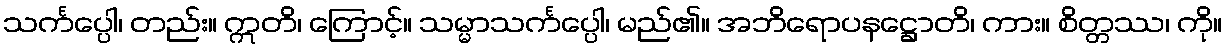
သင်္ကပ္ပေါ၊ တည်း။ ဣတိ၊ ကြောင့်။ သမ္မာသင်္ကပ္ပေါ၊ မည်၏။ အဘိရောပနဋ္ဌောတိ၊ ကား။ စိတ္တဿ၊ ကို။